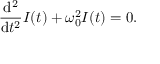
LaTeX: { \frac { \mathrm { d } ^ { 2 } } { \mathrm { d } t ^ { 2 } } } I ( t ) + \omega _ { 0 } ^ { 2 } I ( t ) = 0 .